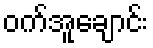
ဝက်အူချောင်း